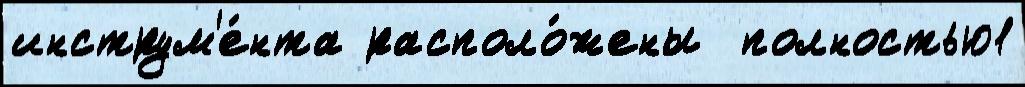
инструм'е́нта располо́жены  полностью1